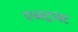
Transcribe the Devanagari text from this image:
एब्स्ट्राक्ट